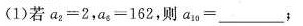
(1)若$$a _ { 2 } = 2$$，$$a _ { 8 } = 1 6 2$$，则$$a _ { 1 0 } = ___$$；